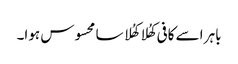
باہر اسے کافی کھُلا کھُلا سا محسوس ہوا۔